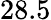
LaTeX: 28.5